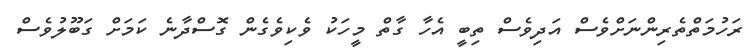
ރަހުމަތްތެރިންނަށްވެސް އަދިވެސް ތިބީ އެހާ ގާތް މީހަކު ވެކިވެގެން ގޮސްދާނެ ކަމަށް ގަބޫލުވެސް